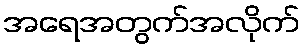
အရေအတွက်အလိုက်